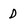
Character: D